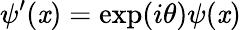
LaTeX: \psi^{\prime}(\mathit{x})=\exp(i\theta)\psi(\mathit{x})